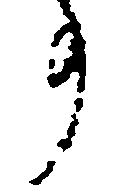
事